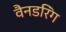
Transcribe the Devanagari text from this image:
वैनडरिंग